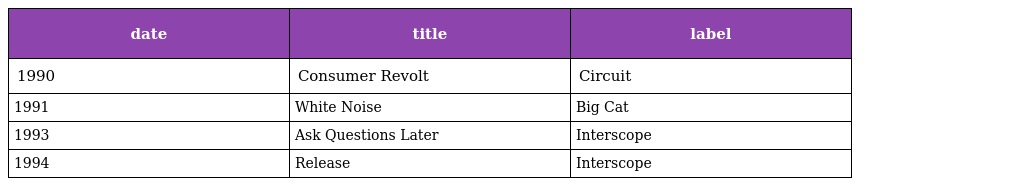
| date | title | label |
 | --- | --- | --- |
 | 1990 | Consumer Revolt | Circuit |
 | 1991 | White Noise | Big Cat |
 | 1993 | Ask Questions Later | Interscope |
 | 1994 | Release | Interscope |